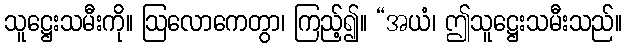
သူဋ္ဌေးသမီးကို။ ဩလောကေတွာ၊ ကြည့်၍။ “အယံ၊ ဤသူဋ္ဌေးသမီးသည်။